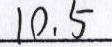
1 0 . 5